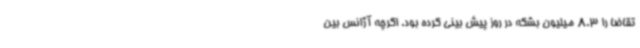
تقاضا را 8.3 میلیون بشکه در روز پیش بینی کرده بود. اگرچه آژانس بین